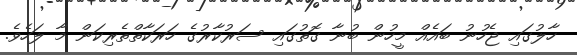
ހާލުގައި ޖެހުނު ބައެއް މީހުން ބުނާ ގޮތުގައި ސަރުކާރުގެ ހަރަކާތްތެރިކަން މާ ލަހެވެ.